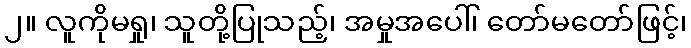
၂။ လူကိုမရှု၊ သူတို့ပြုသည့်၊ အမှုအပေါ်၊ တော်မတော်ဖြင့်၊